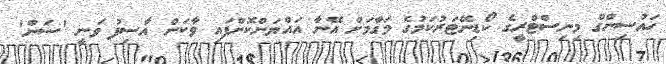
ހައުސިންގް މިނިސްޓްރީގެ ކޯޑިނޭޓަރުކަމުގެ މަގާމަށް އޭނާ އައްޔަންކޮށްފައި ވާކަން އާސިފު ވަނީ 'ސަން'